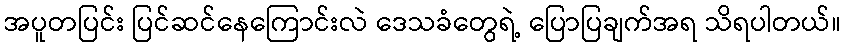
အပူတပြင်း ပြင်ဆင်နေကြောင်းလဲ ဒေသခံတွေရဲ့ ပြောပြချက်အရ သိရပါတယ်။